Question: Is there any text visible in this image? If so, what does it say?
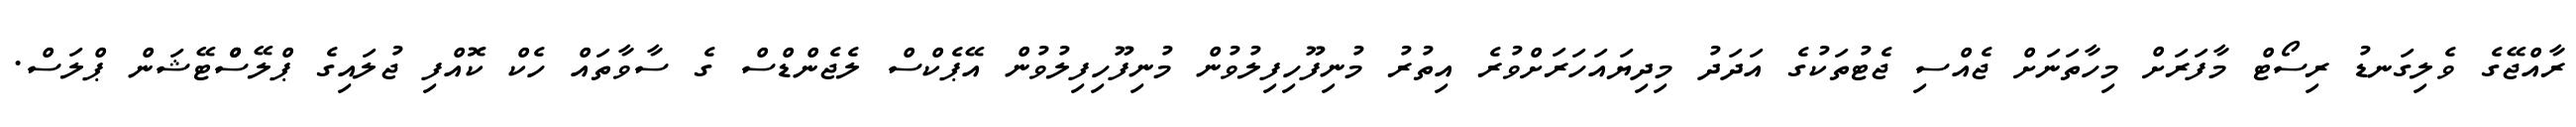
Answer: ރާއްޖޭގެ ވެލިގަނޑު ރިސޯޓް މާފަރަށް މިހާތަނަށް ޖެއްސި ޖެޓުތަކުގެ އަދަދު މިދިޔައަހަރަށްވުރެ އިތުރު މުނިފޫހިފިލުވުން މުނިފޫހިފިލުވުން އޭޕެކްސް ލެޖެންޑްސް ގެ ސާވާތައް ހެކް ކޮއްފި ޖުލައިގެ ޕްލޭސްްޓޭޝަން ޕްލަސް.